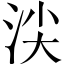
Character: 𣴒